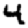
Digit: 4